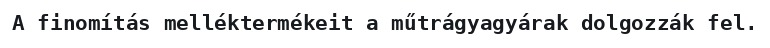
A finomítás melléktermékeit a műtrágyagyárak dolgozzák fel.